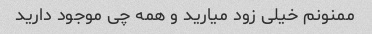
ممنونم خیلی زود میارید و همه چی موجود دارید